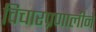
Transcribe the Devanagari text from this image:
विचारप्रणालीने